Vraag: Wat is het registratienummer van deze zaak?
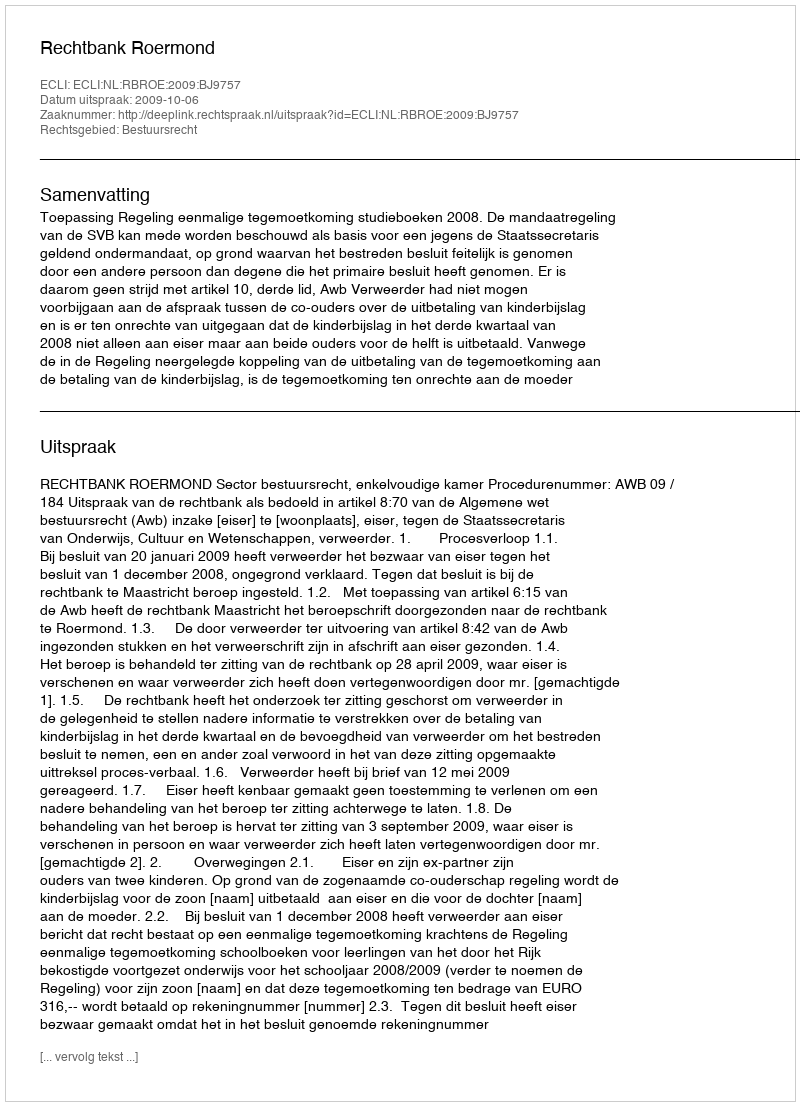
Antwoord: http://deeplink.rechtspraak.nl/uitspraak?id=ECLI:NL:RBROE:2009:BJ9757